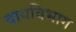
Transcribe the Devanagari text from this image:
दायविभाग